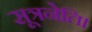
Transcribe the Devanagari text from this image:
सूत्रनेति।